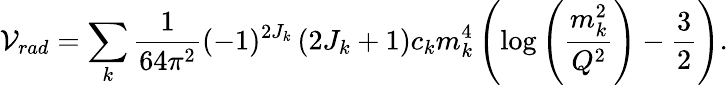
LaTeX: {\cal V}_{rad}=\sum_{k}\frac{1}{64\pi^{2}}(-1)^{2J_{k}}\left(2J_{k}+1\right)c_{k}m_{k}^{4}\left(\log\left(\frac{m_{k}^{2}}{Q^{2}}\right)-\frac{3}{2}\right).